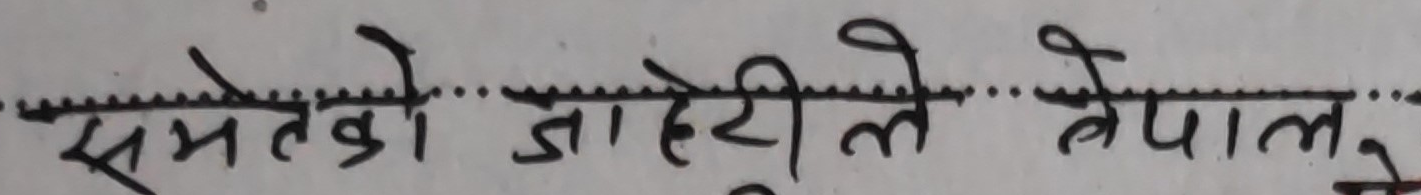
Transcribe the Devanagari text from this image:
समेटेको जाहेरीले नेपाल,